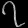
Digit: ၇